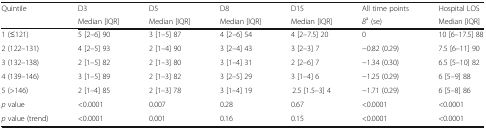
<table><thead><tr><td><b>Quintile</b></td><td><b>D3</b></td><td><b>D5</b></td><td><b>D8</b></td><td><b>D15</b></td><td><b>All time points</b></td><td><b>Hospital LOS</b></td></tr><tr><td></td><td><b>Median [IQR]</b></td><td><b>Median [IQR]</b></td><td><b>Median [IQR]</b></td><td><b>Median [IQR]</b></td><td><b><i>B</i><sup>a</sup> (se)</b></td><td><b>Median [IQR]</b></td></tr></thead><tbody><tr><td>1 (≤121)</td><td>5 [2–6] 90</td><td>3 [1–5] 87</td><td>4 [2–6] 54</td><td>4 [2–7.5] 20</td><td>0</td><td>10 [6–17.5] 88</td></tr><tr><td>2 (122–131)</td><td>4 [2–5] 93</td><td>2 [1–4] 90</td><td>3 [2–4] 43</td><td>3 [2–3] 7</td><td>−0.82 (0.29)</td><td>7.5 [6–11] 90</td></tr><tr><td>3 (132–138)</td><td>2 [1–5] 82</td><td>2 [1–3] 80</td><td>3 [1–4] 31</td><td>2 [2–6] 7</td><td>−1.34 (0.30)</td><td>6.5 [5–10] 82</td></tr><tr><td>4 (139–146)</td><td>3 [1–5] 89</td><td>2 [1–3] 82</td><td>3 [2–5] 29</td><td>3 [1–4] 6</td><td>−1.25 (0.29)</td><td>6 [5–9] 88</td></tr><tr><td>5 (&gt;146)</td><td>2 [1–4] 85</td><td>2 [1–3] 78</td><td>3 [1–4] 19</td><td>2.5 [1.5–3] 4</td><td>−1.71 (0.29)</td><td>6 [5–8] 86</td></tr><tr><td><i>p</i> value</td><td>&lt;0.0001</td><td>0.007</td><td>0.28</td><td>0.67</td><td>&lt;0.0001</td><td>&lt;0.0001</td></tr><tr><td><i>p</i> value (trend)</td><td>&lt;0.0001</td><td>0.001</td><td>0.16</td><td>0.15</td><td>&lt;0.0001</td><td>&lt;0.0001</td></tr></tbody></table>